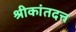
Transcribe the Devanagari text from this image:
श्रीकांतदत्त